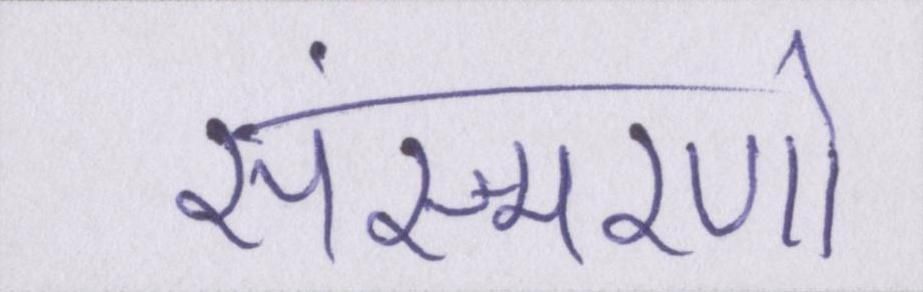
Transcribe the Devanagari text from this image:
संस्मरणो